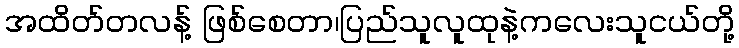
အထိတ်တလန့် ဖြစ်စေတာ၊ပြည်သူလူထုနဲ့ကလေးသူငယ်တို့